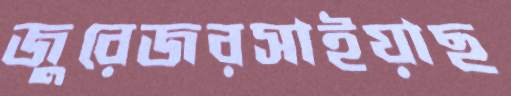
জুরেজরসাইয়াছ